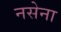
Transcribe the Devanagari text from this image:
नसेना